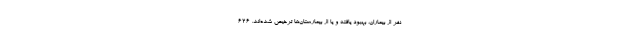
نفر از بیماران، بهبود یافته و یا از بیمارستان‌ها ترخیص شده‌اند. ۶۲۶